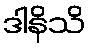
ဒါနိသိ